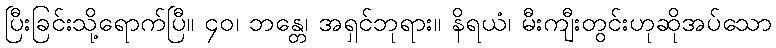
ပြီးခြင်းသို့ရောက်ပြီ။ ၄၀၊ ဘန္တေ၊ အရှင်ဘုရား။ နိရယံ၊ မီးကျီးတွင်းဟုဆိုအပ်သော